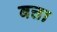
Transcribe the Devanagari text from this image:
बत्ता